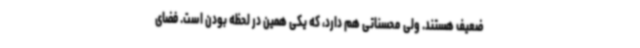
ضعیف هستند. ولی محسناتی هم دارد، که یکی همین در لحظه بودن است. فضای